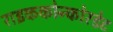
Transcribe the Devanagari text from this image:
राइककोन्कोरडेट